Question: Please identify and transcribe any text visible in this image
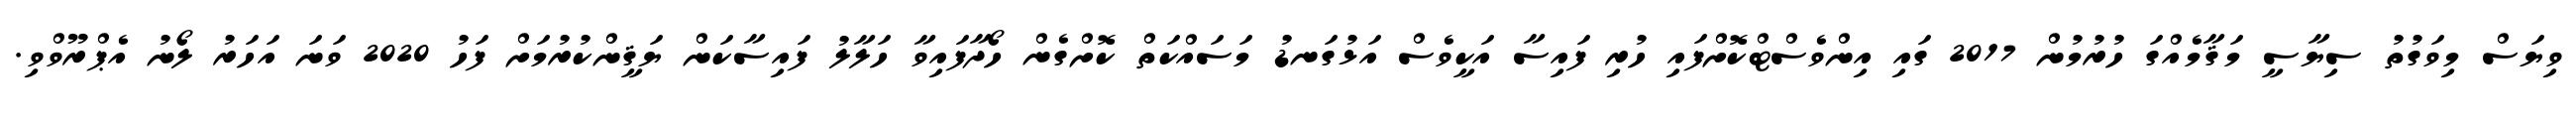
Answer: ވިޔަސް މިވަގުތު ސިޔާސީ މަޤާމެއްގަ ހުރުމުން 2017 ގައި އިންވެސްޓްކޮށްފައި ހުރި ފައިސާ އަކީވެސް އަޅުގަނޑު މަސައްކަތް ކޮށްގެން ހޯދާފައިވާ ހަލާލު ފައިސާކަން ޔަޤީންކުރުމަށް ފަހު 2020 ވަނަ އަހަރު ލޯނު އެޕްރޫވްވި.